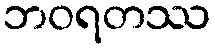
ဘဝရတဿ